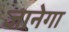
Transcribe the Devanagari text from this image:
जानेगा